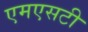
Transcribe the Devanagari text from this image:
एमएसटी